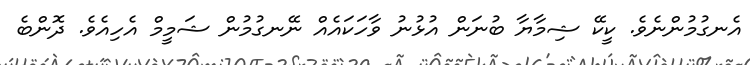
އެނގުމުންނެވެ. ކީކޭ ޝިމާޔާ ބުނަން އުޅުނު ވާހަކައެއް ނޭނގުމުން ޝަމީމް އެހިއެވެ. ދޮންބެ